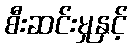
စီးဆင်းမှုနှင့်